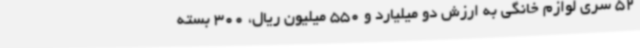
52 سری لوازم خانگی به ارزش دو میلیارد و 550 میلیون ریال، 300 بسته